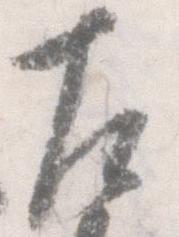
左